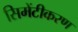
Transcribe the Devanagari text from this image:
सिमेंटीकरण